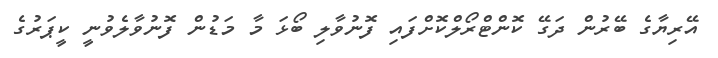
އޭރިޔާގެ ބޭރުން ދަގޭ ކޮންޓްރޯލްކޮށްފައި ފޮނުވާލި ބޯޅަ މާ މަޑުން ފޮނުވާލެވުނީ ކީޕަރުގެ